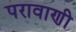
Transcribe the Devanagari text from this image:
परावाणी